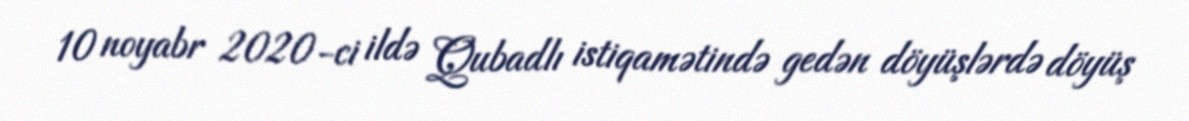
10 noyabr 2020-ci ildə Qubadlı istiqamətində gedən döyüşlərdə döyüş